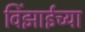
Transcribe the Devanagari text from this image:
विंझाईच्या